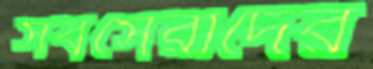
সর্বসেরাদের